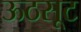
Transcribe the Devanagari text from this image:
ऊठसूट